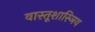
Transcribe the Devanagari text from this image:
वास्तूशास्ञिय